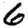
Digit: 6